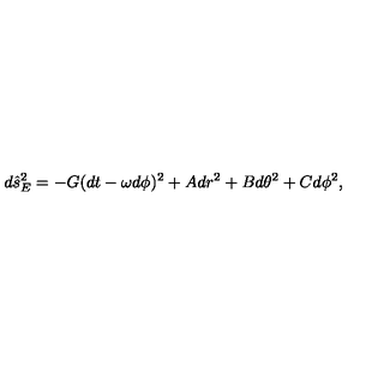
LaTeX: d \hat { s } _ { E } ^ { 2 } = - G ( d t - \omega d \phi ) ^ { 2 } + A d r ^ { 2 } + B d \theta ^ { 2 } + C d \phi ^ { 2 } ,